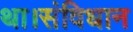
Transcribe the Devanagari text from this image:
था।संविधान